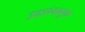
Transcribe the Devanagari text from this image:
उदात्तवस्तुक